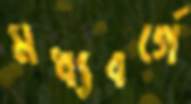
মধ্যবর্গে